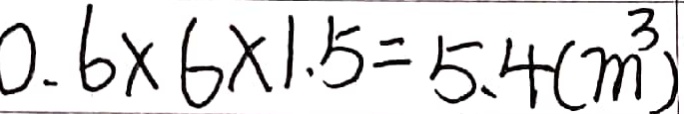
0 . 6 \times 6 \times 1 . 5 = 5 . 4 ( m ^ { 3 } )